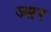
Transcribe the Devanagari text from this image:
ज्सर